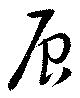
辰